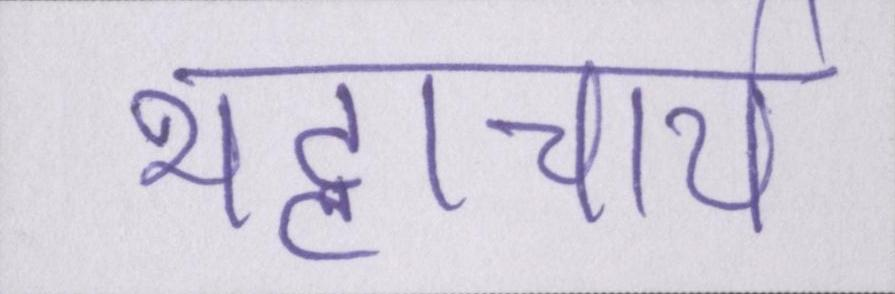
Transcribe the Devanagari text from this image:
भट्टाचार्य